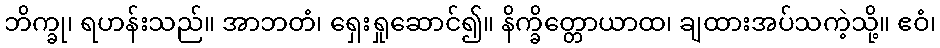
ဘိက္ခု၊ ရဟန်းသည်။ အာဘတံ၊ ရှေးရှုဆောင်၍။ နိက္ခိတ္တောယာထ၊ ချထားအပ်သကဲ့သို့။ ဧဝံ၊